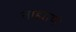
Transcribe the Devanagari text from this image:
ताह्माणे